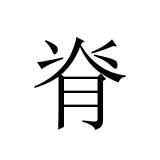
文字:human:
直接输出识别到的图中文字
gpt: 脊